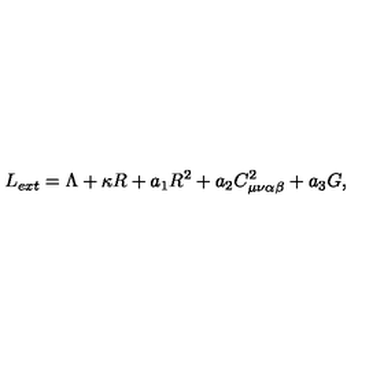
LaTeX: L _ { e x t } = \Lambda + \kappa R + a _ { 1 } R ^ { 2 } + a _ { 2 } C _ { \mu \nu \alpha \beta } ^ { 2 } + a _ { 3 } G ,